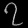
Digit: ၇